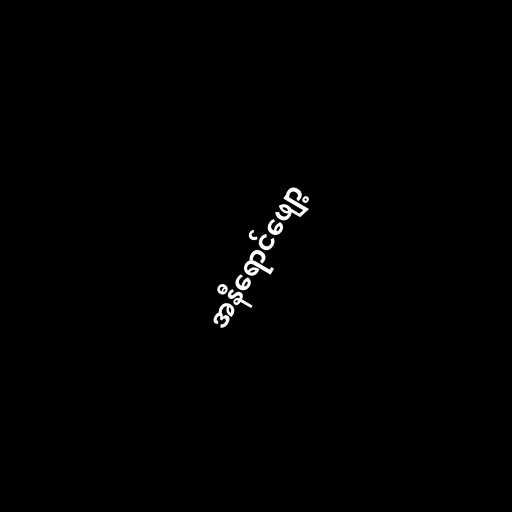
အနီရောင်ဖျော့